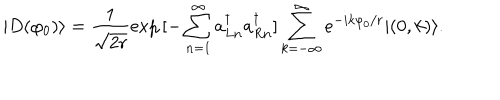
LaTeX: | D ( \varphi _ { 0 } ) \rangle = \frac { 1 } { \sqrt { 2 r } } \exp { [ - \sum _ { n = 1 } ^ { \infty } a _ { L n } ^ { \dagger } a _ { R n } ^ { \dagger } ] } \sum _ { k = - \infty } ^ { \infty } e ^ { - i k \varphi _ { 0 } / r } | ( 0 , k ) \rangle .